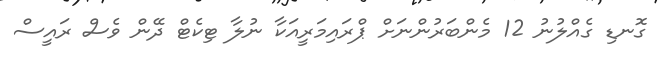
ގޮނޑި ގެއްލުނު 12 މެންބަރުންނަށް ޕްރައިމަރީއަކާ ނުލާ ޓިކެޓް ދޭން ވެސް ރައީސް